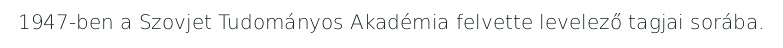
1947-ben a Szovjet Tudományos Akadémia felvette levelező tagjai sorába.